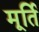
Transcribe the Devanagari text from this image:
मूर्तिं